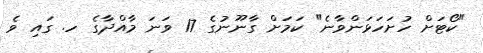
"ކޯޓަށް ހުށަހަޅަންވާނެ" ކަމަށް ގާނޫނުގެ 17 ވަނަ މާއްދާގެ ހ. ގައި ވެ